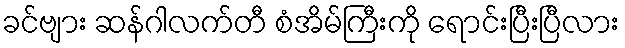
ခင်ဗျား ဆန်ဂါလက်တီ စံအိမ်ကြီးကို ရောင်းပြီးပြီလား